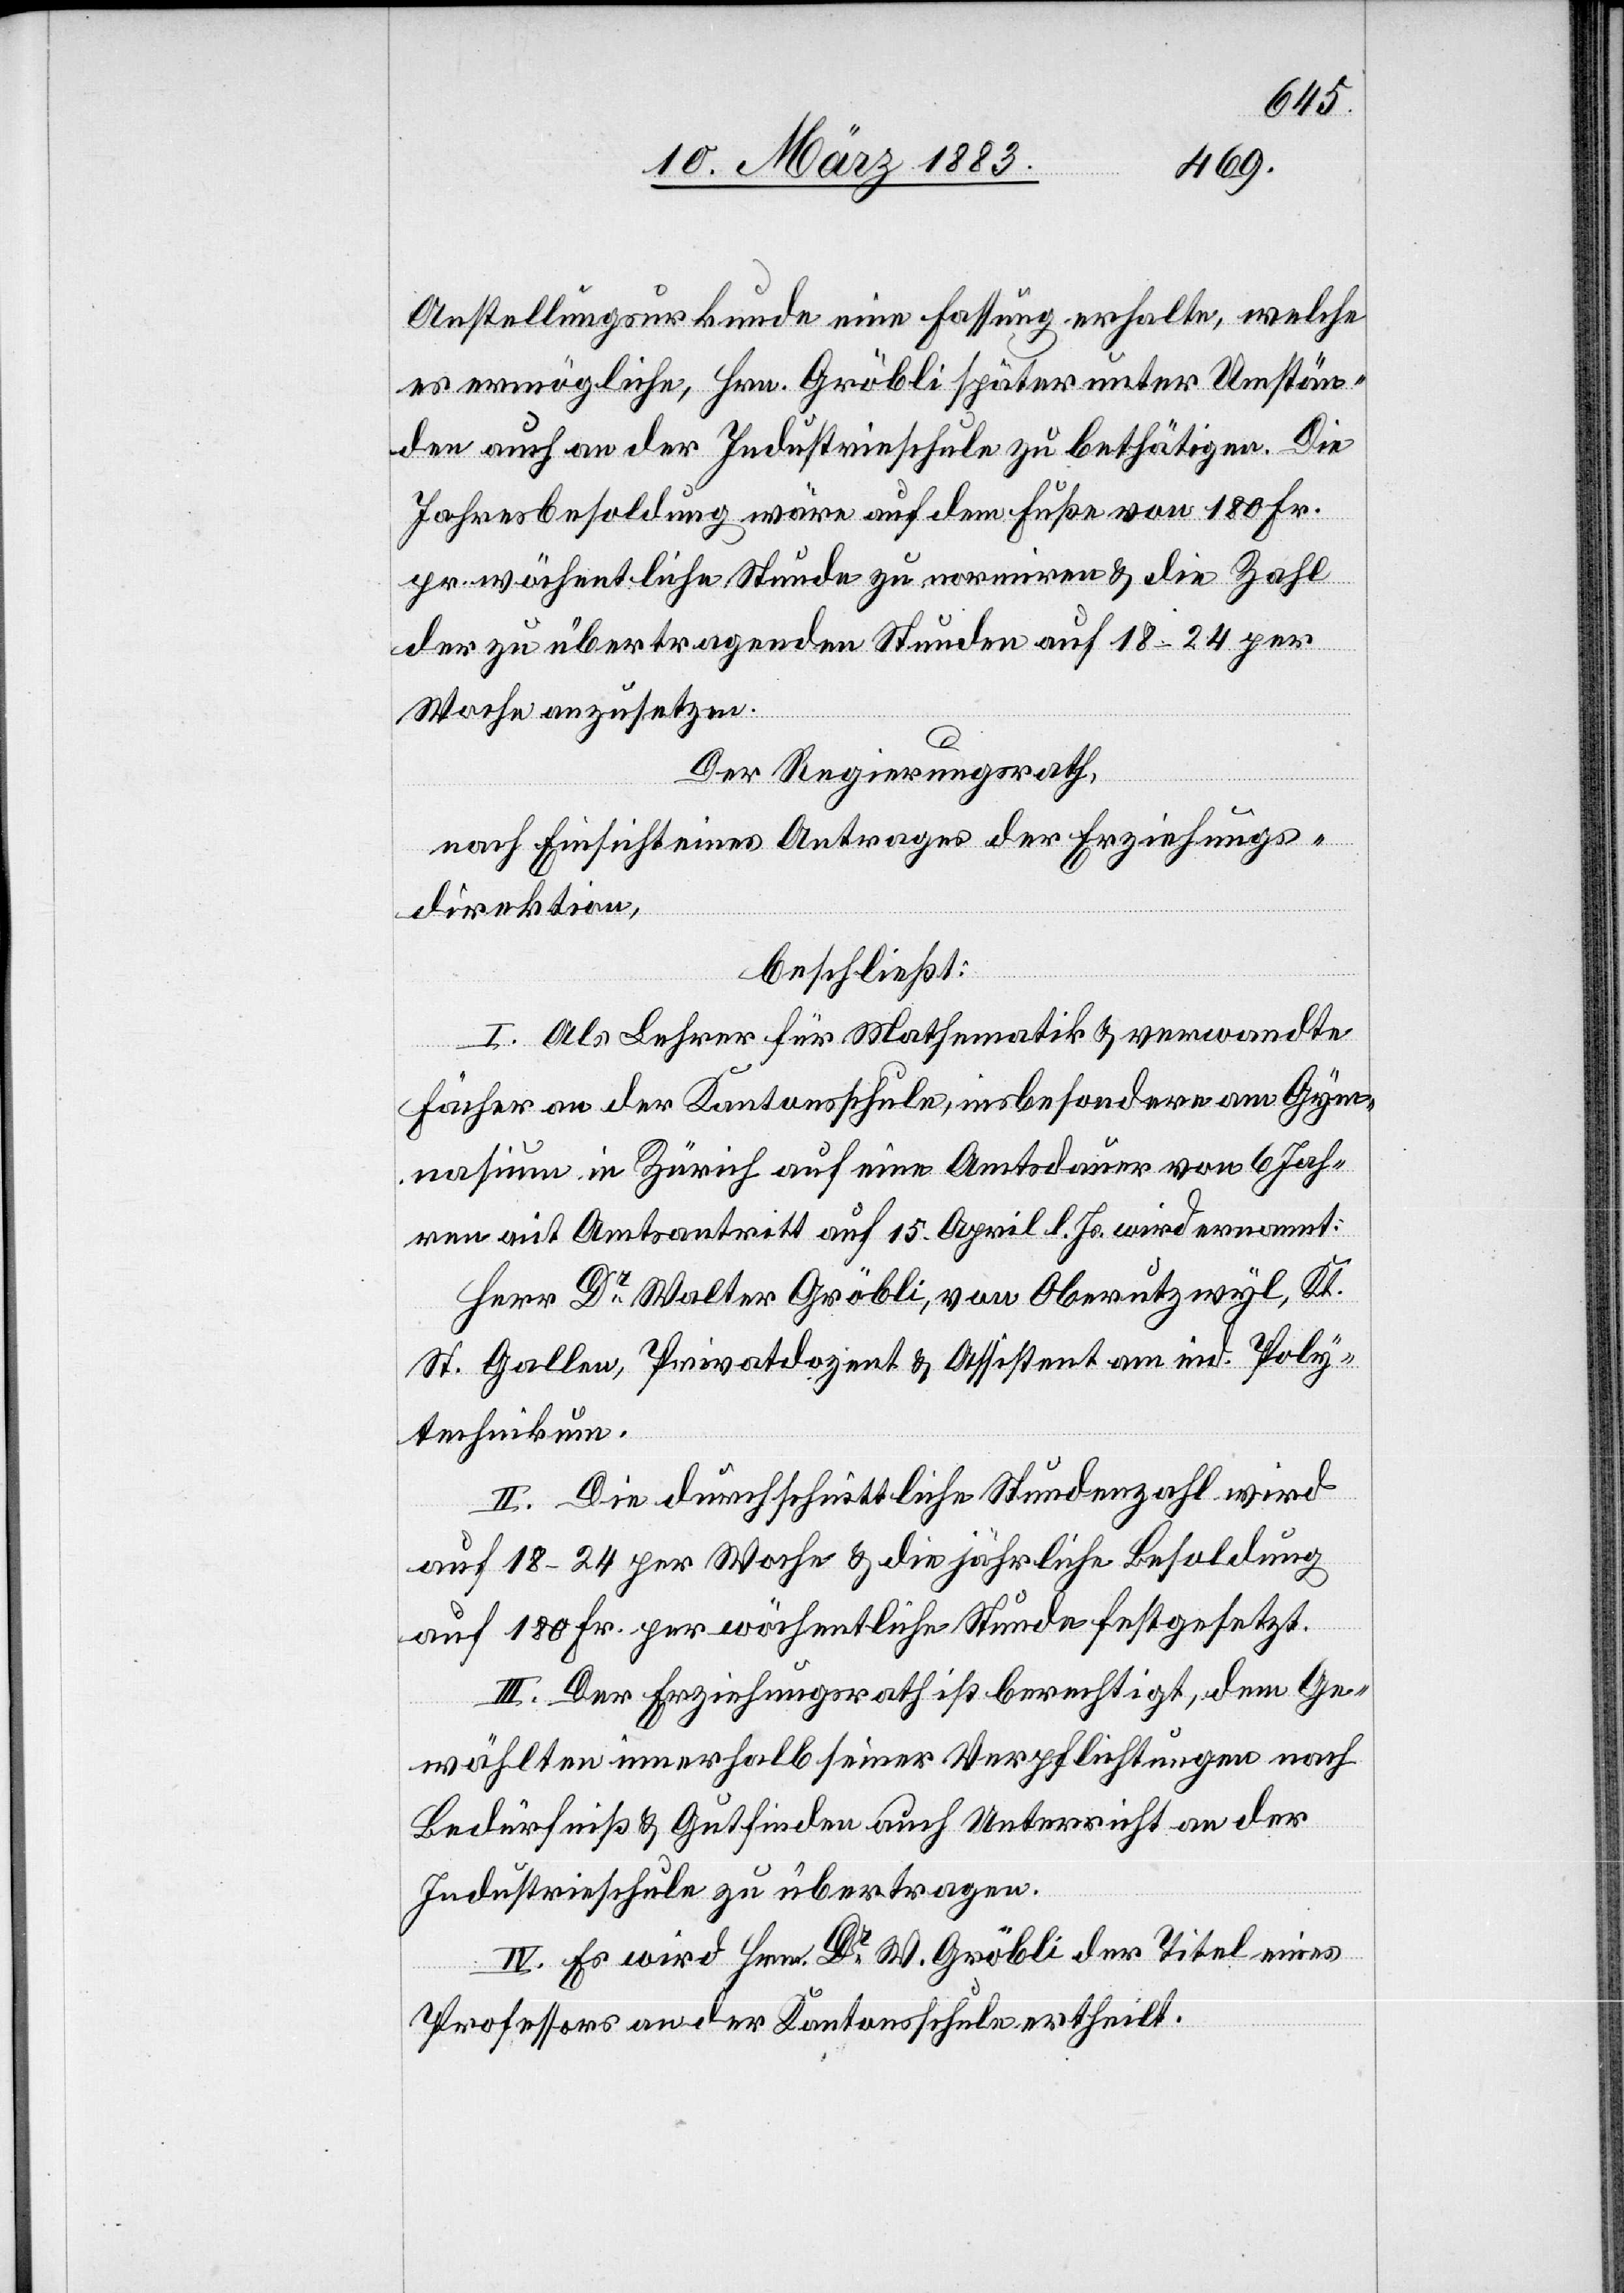
Bern.
8.
Herr Dr Walter Gröbli, von Oberutzwyl St.
7.
den
Bedürfniß & Gutfinden auch Unterricht an der
Industrieschule zu übertragen.
IV. Es wird Hrn. Dr Kasp. Schnorf der Titel eines
Professors an der Kantonsschule ertheilt.